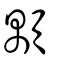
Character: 顒